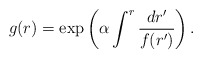
\begin{align*}g(r) = \exp\left( \alpha \int^r {dr'\over f(r')} \right). \end{align*}